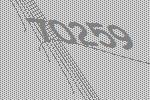
70259